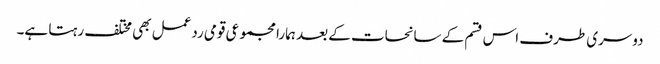
دوسری طرف اس قسم کے سانحات کے بعد ہمارا مجموعی قومی ردعمل بھی مختلف رہتا ہے۔